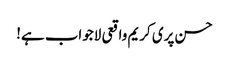
حسن پری کریم واقعی لاجواب ہے!